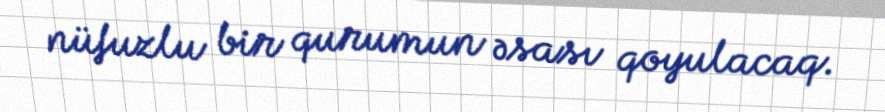
nüfuzlu bir qurumun əsası qoyulacaq.